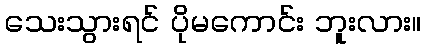
သေးသွားရင် ပိုမကောင်း ဘူးလား။